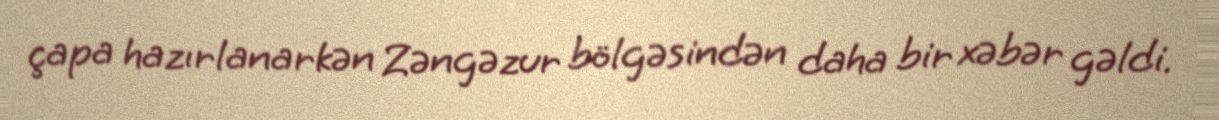
çapa hazırlanarkən Zəngəzur bölgəsindən daha bir xəbər gəldi.